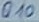
Text: Q10